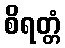
စိရတ္တံ